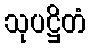
သုပဋ္ဌိတံ